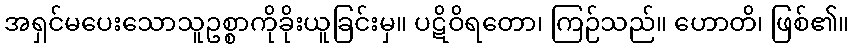
အရှင်မပေးသောသူဥစ္စာကိုခိုးယူခြင်းမှ။ ပဋိဝိရတော၊ ကြဉ်သည်။ ဟောတိ၊ ဖြစ်၏။